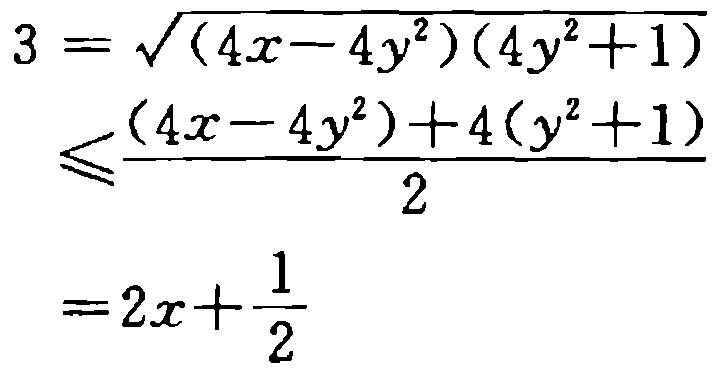
\[

\begin{align*}

3&=\sqrt{(4x - 4y^{2})(4y^{2}+1)}\\

&\leq\frac{(4x - 4y^{2})+4(y^{2}+1)}{2}\\

&=2x+\frac{1}{2}

\end{align*}

\]